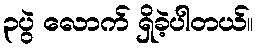
၃ပွဲ လောက် ရှိခဲ့ပါတယ်။